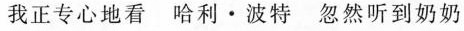
我正专心地看 哈利·波特 忽然听到奶奶